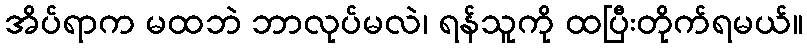
အိပ်ရာက မထဘဲ ဘာလုပ်မလဲ၊ ရန်သူကို ထပြီးတိုက်ရမယ်။